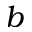
b